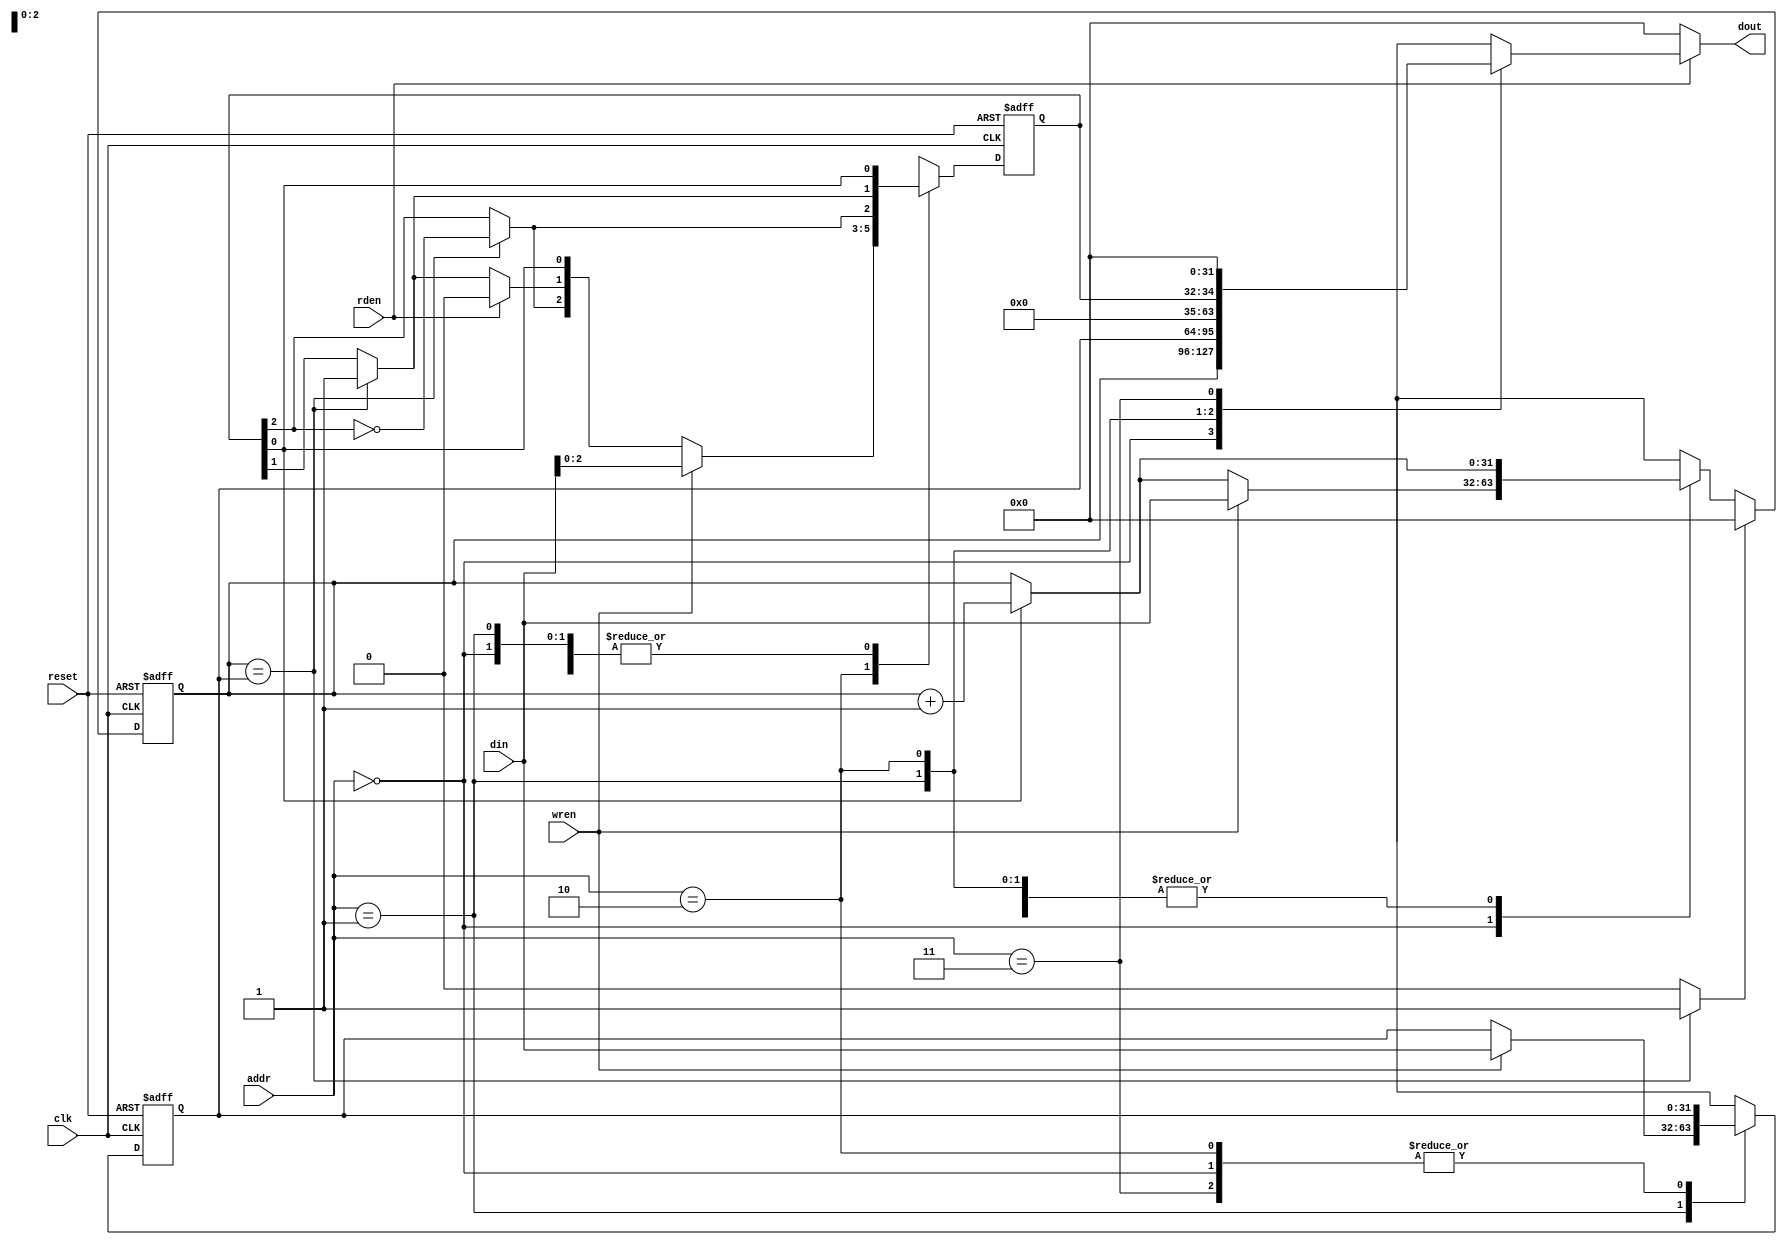
`timescale 1ns / 1ps


module timer32 (
  input clk, reset, wren, rden,
  input [1:0] addr,
  input [31:0] din,
  output reg [31:0] dout
);

parameter PERIOD = 32'h0000000F;  // must have this initial value
parameter ENBIT = 1'b0;

reg [31:0] tmr, period;
reg [2:0] control;
reg tmr_match;

// Reset block
always @ (posedge clk or posedge reset) begin
    if (reset) begin
        period = PERIOD;
        control = {2'b00 , ENBIT};
        tmr = 32'h00000000;
    end else begin
        if (tmr == period) begin
            control[1] = 1'b1;
            control[2] = ~control[2];
            tmr_match = 1;
        end else begin
            tmr_match = 0;
        end
        if (control[0]) tmr = tmr + 1'b1;
        case(addr)
            2'b00 : begin
                        if (wren) tmr = din;
                    end
            2'b01 : begin
                        if (wren) period = din;
                    end
            2'b10 : begin
                        if (rden) control[1] = 1'b0;
                        if (wren) control = din[2:0];
                    end
            2'b11 : begin
                        //dout = 32'h00000000;
                    end           
        endcase
        
        if (tmr_match) begin
            tmr = 32'h00000000;
        end
    end
  end

always @(posedge clk) begin
    
end

// Dout control
always @(*) begin
    dout = 32'h00000000;
    
    if (rden) begin
        case(addr)
            2'b00 : begin
                        dout = tmr;
                    end
            2'b01 : begin
                        dout = period;
                    end
            2'b10 : begin
                        dout = {{28{1'b0}}, control};
                    end
            2'b11 : begin // "Default case"
                        dout = 32'h00000000;
                    end                  
        endcase
    end
end

endmodule